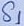
Text: S1